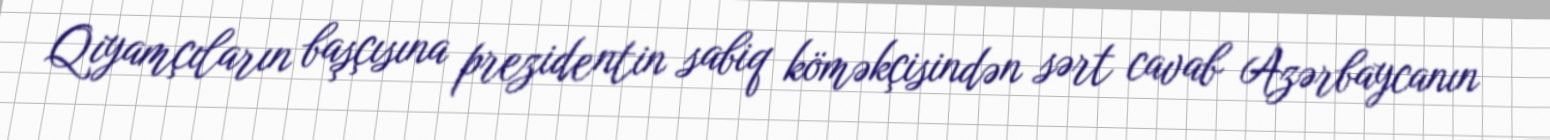
Qiyamçıların başçısına prezidentin sabiq köməkçisindən sərt cavab Azərbaycanın